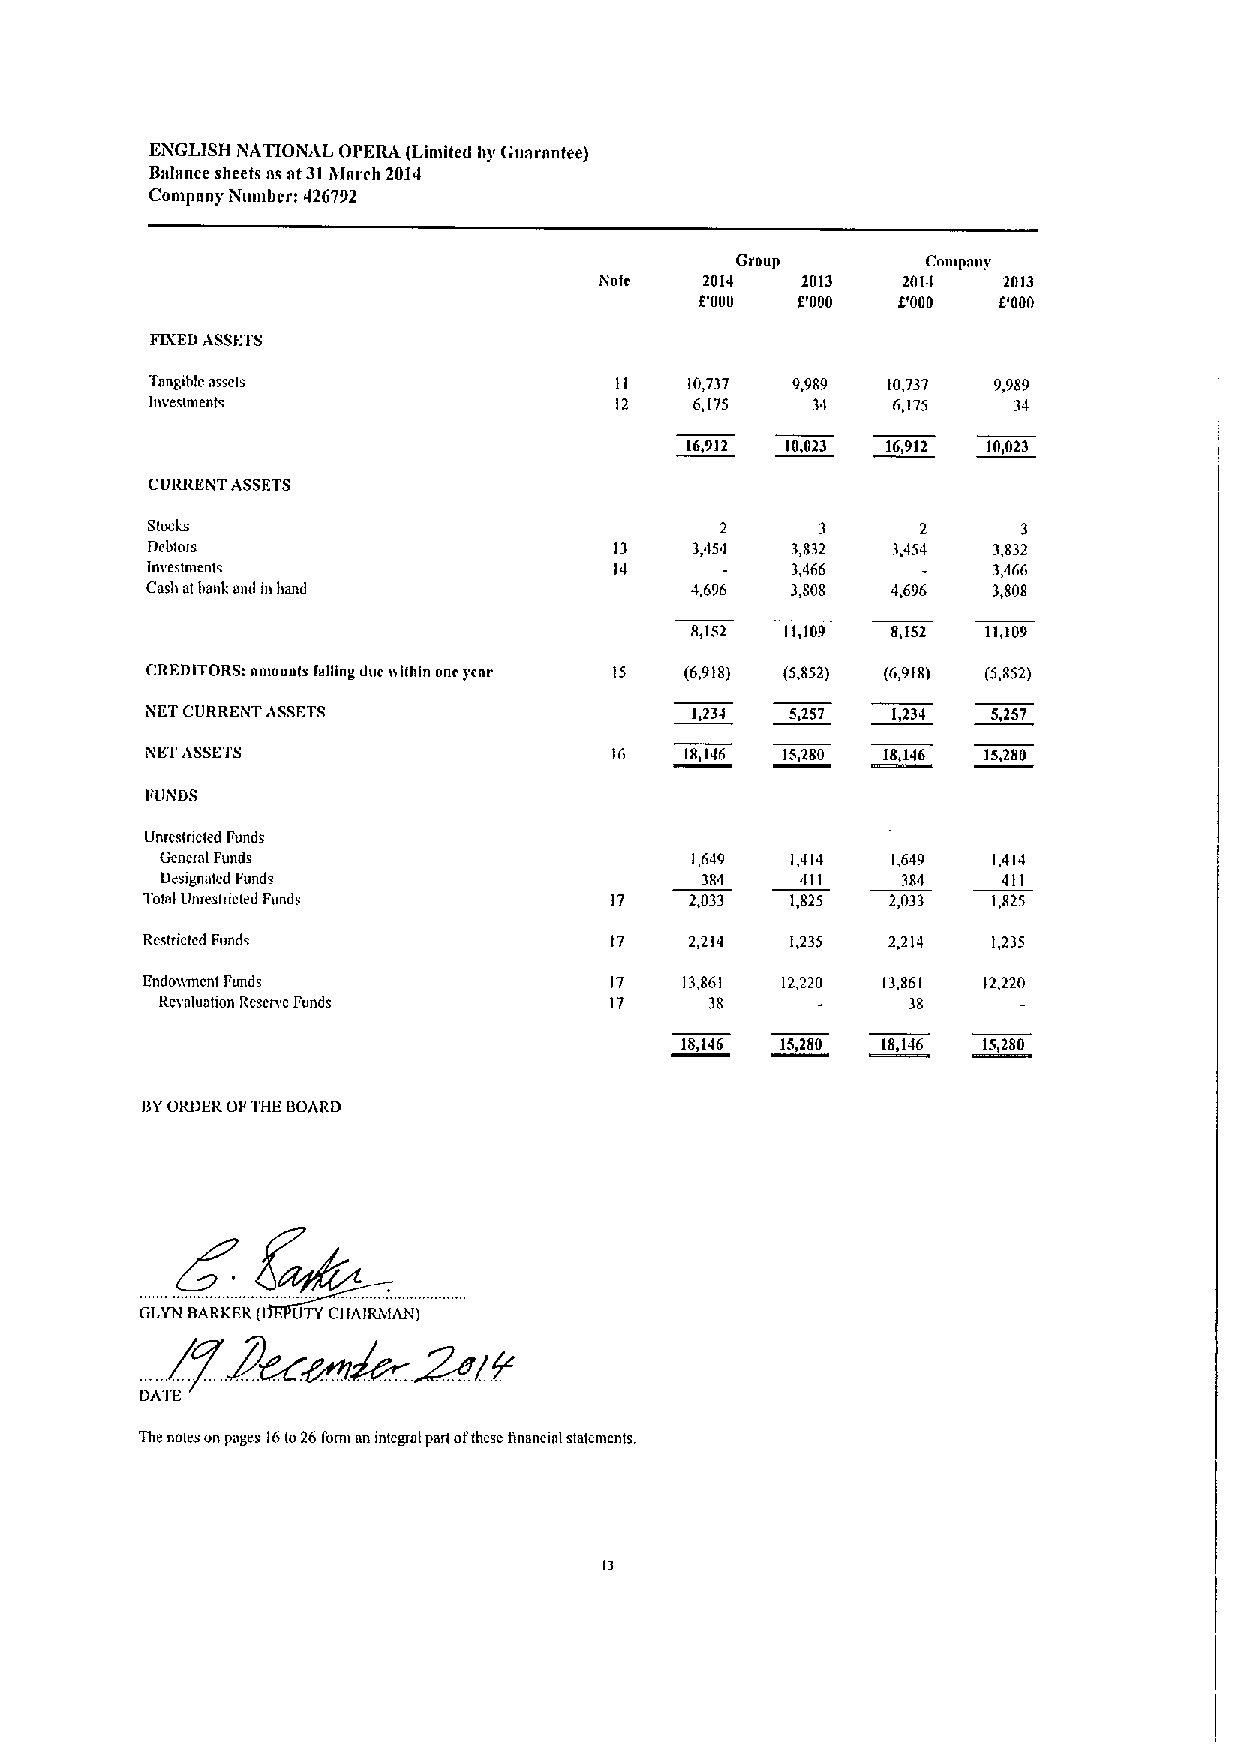
EiNGLISH iNAT(OiXAL OPERA (Liniited by Gun rnntee)
 Bnlnnce sheets ns nt 310fnrch 2014
 Conipany iNumbcr: 426792
 Group       Colopanl'
 Note   2014  2013   2014  2013
 P000   f.'000 D000  D000
 FBI:EDASSFTS
 Tnngiblc assets                II   10,737 9,989 10,737 9,989
 Investments                    12   6,175   31   6,175   34
 16,912 10,023 16,912 10,023
 CURRENT ASSFTS
 Stocks                                2     3      2      3
 Debtors                        13   3,454 3,832  3,454  3,832
 Imestnients                    14         3,466         3,466
 Cash atbank ond m hand              4,696 3,808  4,696  3,808
 8,152 11,109 8,152 11,109
 CREDITORS: aniounu Dging due nlfhln one year IS (6,918) (5,852) (6,918) (5,852)
 NET CURREiNT ASSETS                 1,234 5,257  1,234  5,257
 iNETASSETS                     16  18,146 15,280 18,146 15,280
 liUiNDS
 Unrcsfncled Funds
 General Funds                      1,649 1,414  1,649  1,414
 Designntcd Funds                   384    411    384   411
 Total Unrestricted Fund&       17    2,033 1,825  2,033  1,825
 Rcstrictc&l Funds              17    2,214 1,235  2,214  1,235
 Endonment Funds                17   13,861 12,220 13,861 12,220
 Revaluation Rcsclvc Funds    17     38           38
 18,146 15,280 18,146 15,280
 BYORDER OFTHE BOARD
 GLYN BARKER( UTYCIfAIRMAN)
 The notes on pages Ifilo26I'orm an integral part ofthese financinl statenlents
 ts